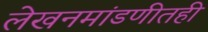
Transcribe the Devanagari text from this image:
लेखनमांडणीतही